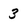
Character: 3